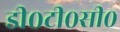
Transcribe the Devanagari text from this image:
डी०टी०सी०